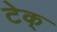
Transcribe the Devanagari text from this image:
टेक्